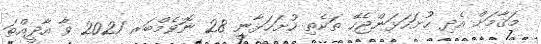
މަޤާމަށް އެދި ހުށަހަޅަންޖެހޭ ތަކެތި ހުށަހަޅާނީ 28 ނޮވެމްބަރ 2021 ވާ އާދީއްތަ